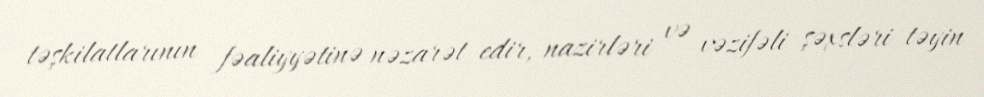
təşkilatlarının fəaliyyətinə nəzarət edir, nazirləri və vəzifəli şəxsləri təyin